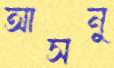
আসনু